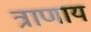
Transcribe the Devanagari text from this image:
त्राणाय